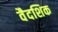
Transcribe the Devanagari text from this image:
वैदशिक